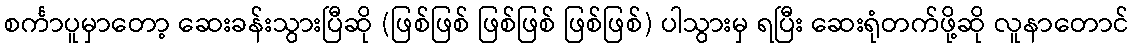
စင်္ကာပူမှာတော့ ဆေးခန်းသွားပြီဆို (ဖြစ်ဖြစ် ဖြစ်ဖြစ် ဖြစ်ဖြစ်) ပါသွားမှ ရပြီး ဆေးရုံတက်ဖို့ဆို လူနာတောင်